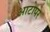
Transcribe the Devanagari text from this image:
आटोपरे